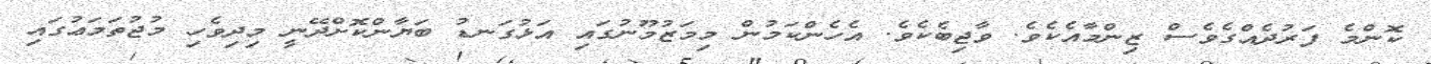
ކޮންމެ ފަރުދެއްގެވެސް ޒިންމާއެކެވެ. ވާޖިބެކެވެ. އެހެންކަމުން މިމަޒުމޫނުގައި އަޅުގަނޑު ބަޔާންކޮށްދޭނީ މިދިވެހި މުޖުތަމަޢުގައި